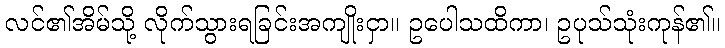
လင်၏အိမ်သို့ လိုက်သွားရခြင်းအကျိုးငှာ။ ဥပေါသထိကာ၊ ဥပုသ်သုံးကုန်၏။